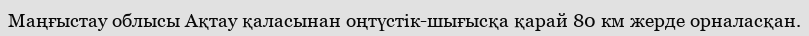
Маңғыстау облысы Ақтау қаласынан оңтүстік-шығысқа қарай 80 км жерде орналасқан.